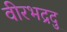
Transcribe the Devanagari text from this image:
वीरभद्रदु